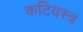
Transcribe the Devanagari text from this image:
कटिवस्त्र